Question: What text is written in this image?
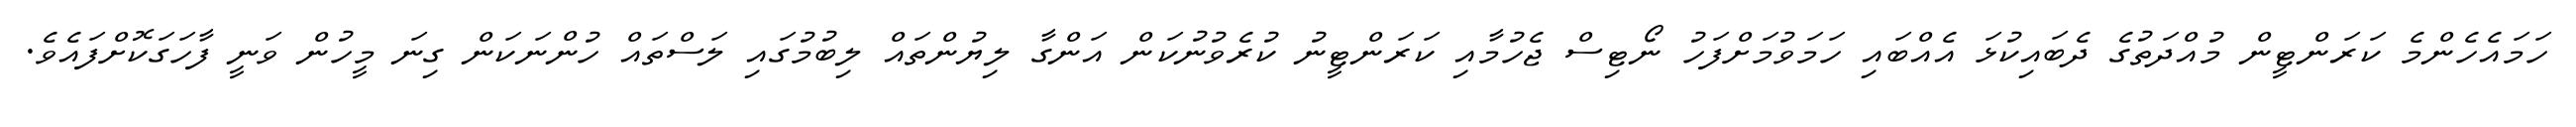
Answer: ހަމައެހެންމެ ކަރަންޓީން މުއްދަތުގެ ދެބައިކުޅަ އެއްބައި ހަމަވުމަށްފަހު ނޯޓިސް ޖެހުމާއި ކަރަންޓީނު ކުރެވުނުކަން އަންގާ ލިޔުންތައް ލިބުމުގައި ލަސްތައް ހުންނަކަން ގިނަ މީހުން ވަނީ ފާހަގަކޮށްފައެވެ.